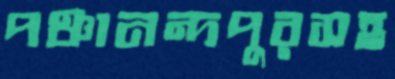
পঞ্চানন্দপুরসহ